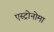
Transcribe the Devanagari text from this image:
एस्ट्रोनोमा